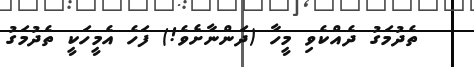
ތެދުމަގު ދެއްކެވި މީހާ (ދަންނާށެވެ!) ފަހެ އެމީހަކީ ތެދުމަގު